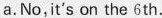
a.No,it's on the 6th.